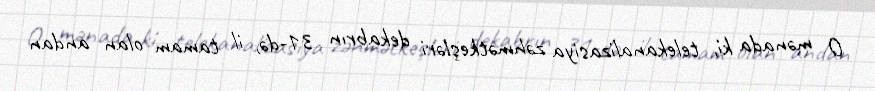
O mənada ki, telekanalizasiya zəhmətkeşləri dekabrın 31-də, il tamam olan andan